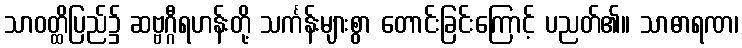
သာဝတ္ထိပြည်၌ ဆဗ္ဗဂ္ဂီရဟန်းတို့ သင်္ကန်းများစွာ တောင်းခြင်းကြောင့် ပညတ်၏။ သာဓာရဏ၊